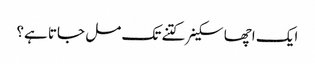
ایک اچھا سکینر کتنے تک مل جاتا ہے؟